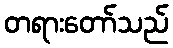
တရားတော်သည်